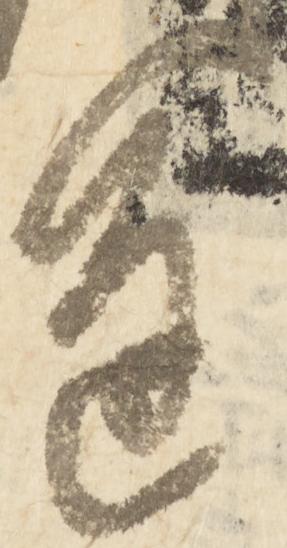
進